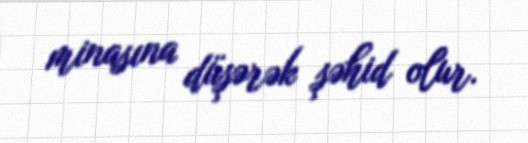
minasına düşərək şəhid olur.